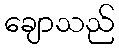
ချောသည်